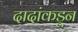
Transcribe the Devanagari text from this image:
दादांकडून